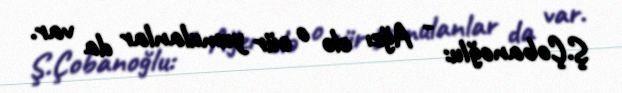
Ş.Çobanoğlu: - Ağzı elə o cür yumulanlar da var.